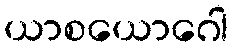
ယာစယောဂေါ